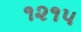
૧૨૧૫